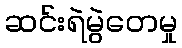
ဆင်းရဲမွဲတေမှု